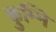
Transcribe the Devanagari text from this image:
कुम्मि